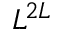
L ^ { 2 L }